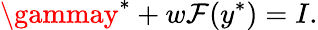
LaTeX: \gammay^{*}+w\mathcal{F}(y^{*})=I.